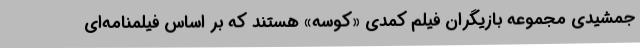
جمشیدی مجموعه بازیگران فیلم کمدی «کوسه» هستند که بر اساس فیلمنامه‌ای